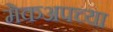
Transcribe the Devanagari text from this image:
मेकअपच्या